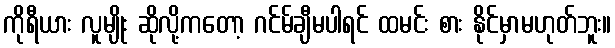
ကိုရီယား လူမျိုး ဆိုလို့ကတော့ ဂင်မ်ချီမပါရင် ထမင်း စား နိုင်မှာမဟုတ်ဘူး။